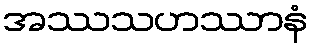
အဿသဟဿာနံ